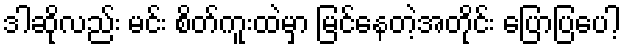
ဒါဆိုလည်း မင်း စိတ်ကူးထဲမှာ မြင်နေတဲ့အတိုင်း ပြောပြပေါ့